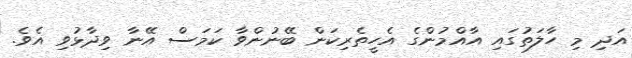
އަދި މި ހާލަތުގައި އާއްމުންގެ އެހީތެރިކަން ބޭނުންވާ ކަމަސް އޭނާ ވިދާޅުވި އެވެ.